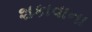
શકાવાના